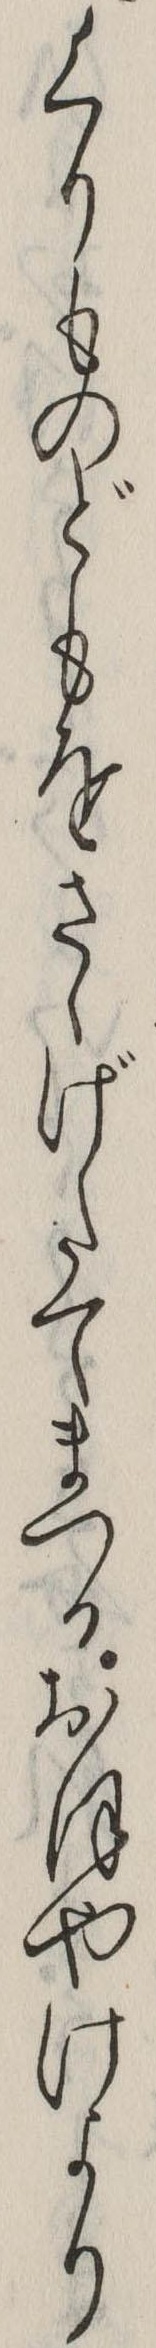
くりものどもをさゝげたてまつるおほやけより